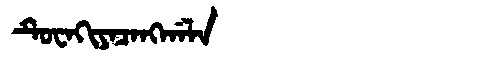
Manchu: ᡨᡠᠸᠠᡴᡳᠶᠠᠴᠠᠩᡤᠠᠯᠠ
Romanization: TUWAKIYACANGGALA